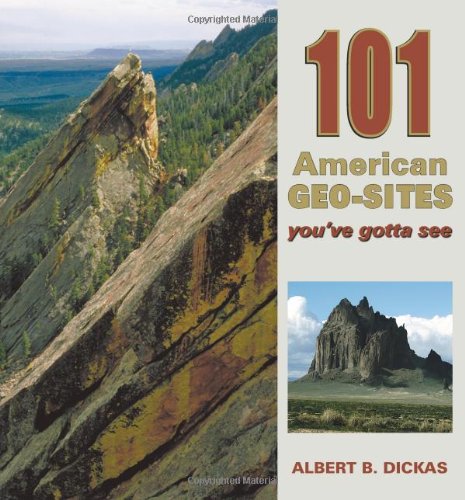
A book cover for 101 American Geo-Sites You've Gotta See (Geology Underfoot); Albert B. Dickas; Science & Math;